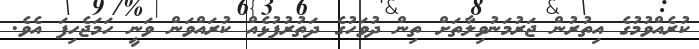
ކުރެއްވުމުގެ އިތުރުން ޖަރުމަނުވިލާތަށް ތިން ދުވަހުގެ ދަތުރުފުޅެއް ކުރައްވަން ވަނީ ހަމަޖެހިފަ އެވެ.